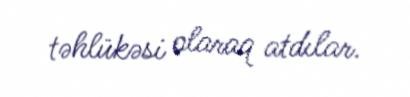
təhlükəsi olaraq atdılar.